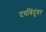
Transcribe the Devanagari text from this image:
दवबिंदूंवर